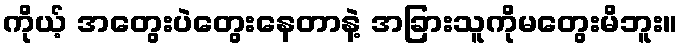
ကိုယ့် အတွေးပဲတွေးနေတာနဲ့ အခြားသူကိုမတွေးမိဘူး။